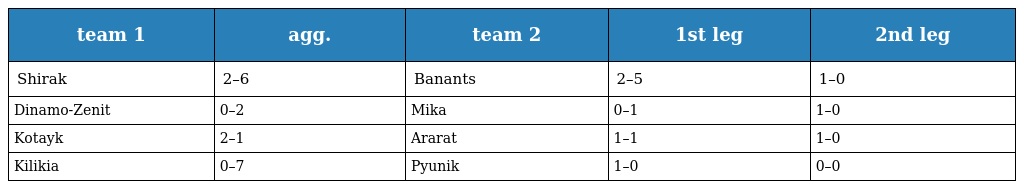
| team 1 | agg. | team 2 | 1st leg | 2nd leg |
 | --- | --- | --- | --- | --- |
 | Shirak | 2–6 | Banants | 2–5 | 1–0 |
 | Dinamo-Zenit | 0–2 | Mika | 0–1 | 1–0 |
 | Kotayk | 2–1 | Ararat | 1–1 | 1–0 |
 | Kilikia | 0–7 | Pyunik | 1–0 | 0–0 |